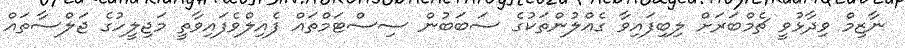
ނާޒިމް ވިދާޅުވީ ޗެމްބަރަށް ލިބިފައިވާ ގެއްލުންތަކުގެ ސަބަބުން ސިސްޓަމްތައް ފެއިލްވެފައިވާތީ މަޖިލީހުގެ ޖަލްސާތައް